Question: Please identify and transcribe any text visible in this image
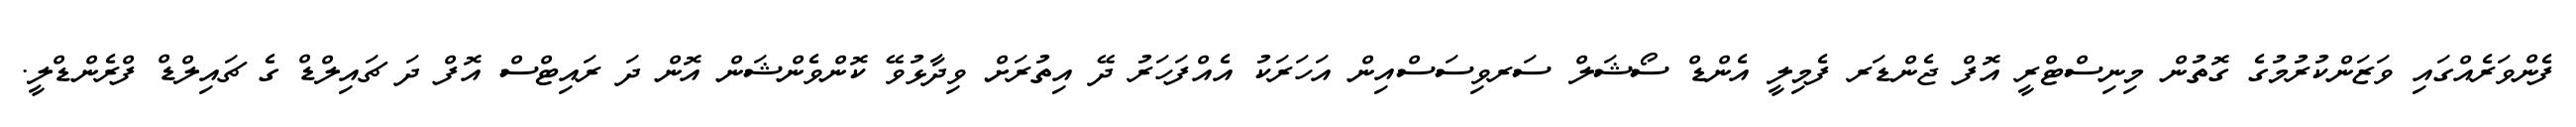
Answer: ފެންވަރެއްގައި ވަޒަންކުރުމުގެ ގޮތުން މިނިސްޓްރީ އޮފް ޖެންޑަރ ފެމިލީ އެންޑް ސޯޝަލް ސަރވިސަސްއިން އަހަރަކު އެއްފަހަރު ދޭ އިތުރަށް ވިދާޅުވޭ ކޮންވެންޝަން އޮން ދަ ރައިޓްސް އޮފް ދަ ޗައިލްޑް ގެ ޗައިލްޑް ފްރެންޑްލީ.